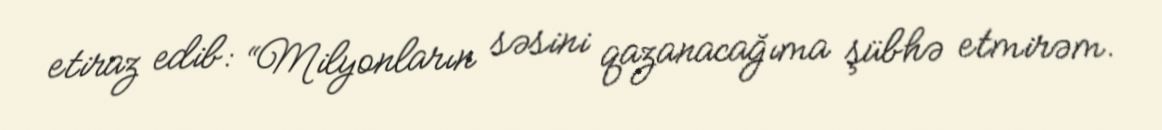
etiraz edib: “Milyonların səsini qazanacağıma şübhə etmirəm.